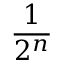
\frac { 1 } { 2 ^ { n } }